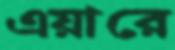
এয়ারে